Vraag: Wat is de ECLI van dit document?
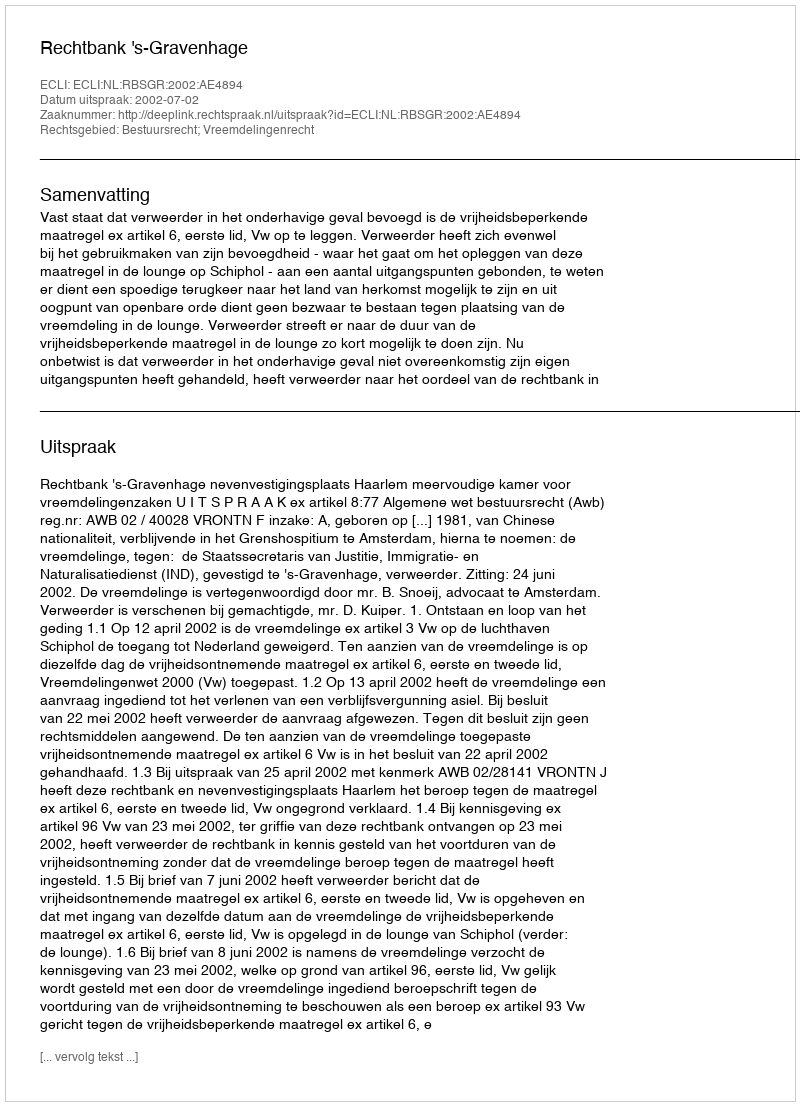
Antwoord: ECLI:NL:RBSGR:2002:AE4894